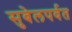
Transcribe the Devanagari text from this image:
सुबेलपर्वत